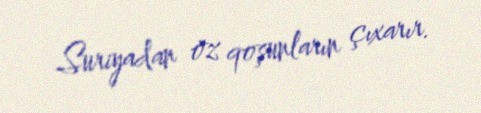
Suriyadan öz qoşunların çıxarır.